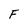
Character: F